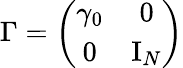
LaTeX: \Gamma=\left(\begin{array}{cc}{{\gamma_{0}}}&{{0}}\\ {{0}}&{{\mathrm{I}_{N}}}\end{array}\right)